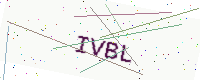
Text: IVBL